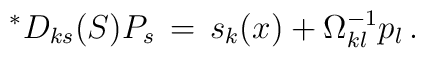
{}^\ast D_{ks}(S)P_s \,=\, {s}_k (x) +\Omega^{-1}_{kl} p_{l} \,.